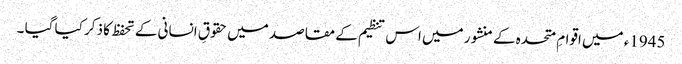
1945ء میں اقوامِ متحدہ کے منشور میں اس تنظیم کے مقاصد میں حقوقِ انسانی کے تحفظ کا ذکر کیا گیا ۔